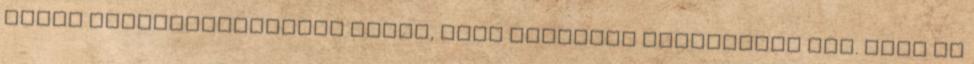
sokat foglalatoskodnak azzal, hogy rangsort állítsanak fel. Amíg ez